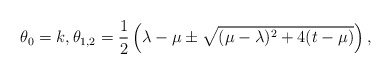
\begin{align*}\theta_0=k,\theta_{1,2}=\frac12\left(\lambda-\mu\pm\sqrt{(\mu-\lambda)^2+4(t-\mu)}\right),\end{align*}